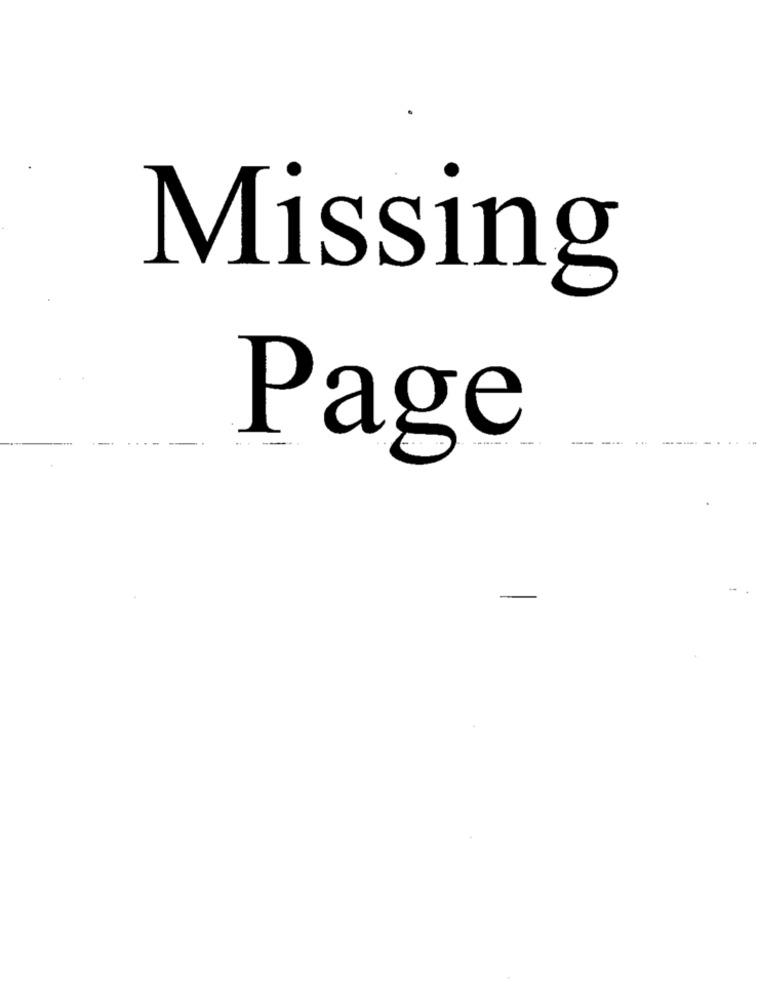
Missing
-
Page